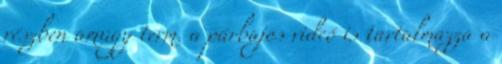
részben amúgy term. a párbajos videó is tartalmazza a